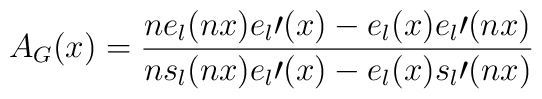
A_G(x)=\frac{ne_l(nx)e_l\prime(x)-e_l(x)e_l\prime(nx)}{ns_l(nx)e_l\prime(x)-e_l(x)s_l\prime(nx)}